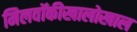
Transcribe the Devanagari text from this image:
मिलवॉकीखालोखाल